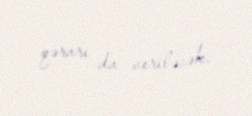
qərarı da veriləcək.